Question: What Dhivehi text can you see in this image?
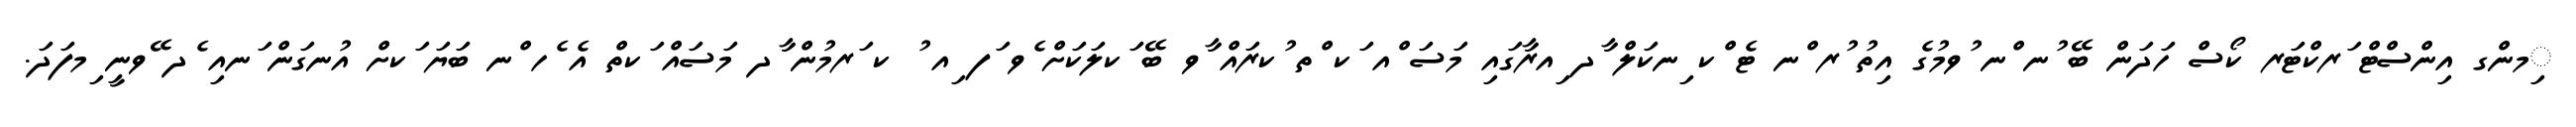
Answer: ިމންގ އިންސްޓް ަރކްޓަރ ކޯސް ހަދަން ބޭ ުނ ްނ ުވމުގެ އިތު ުރ ްނ ޓެ ްކ ިނކަލް ާދ ިއރާގައި މަސަ ްއ ަކ ްތ ުކރައް ާވ ބޭ ަކލަކަށް ެވ ަފ ިއ ު ކ ަރމުން ާދ މަސައް ަކތް އެ ެހ ްނ ބަޔަ ަކށް އުނގަން ަނއި ެދ ޭވނީ ިމފަދަ.